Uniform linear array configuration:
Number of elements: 8
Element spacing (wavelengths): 0.25
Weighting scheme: uniform
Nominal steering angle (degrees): -45
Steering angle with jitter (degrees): -44.499
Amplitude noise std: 0.05
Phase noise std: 0.05

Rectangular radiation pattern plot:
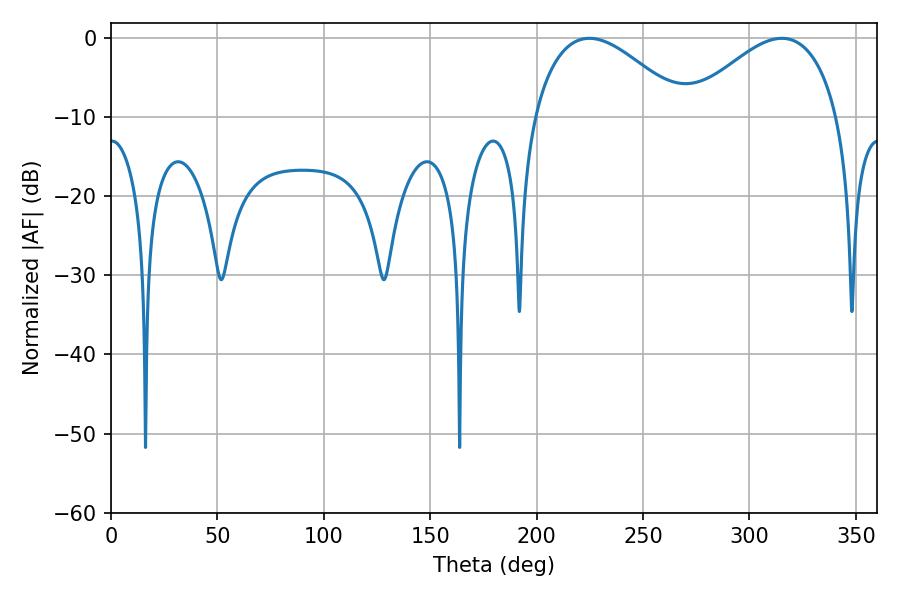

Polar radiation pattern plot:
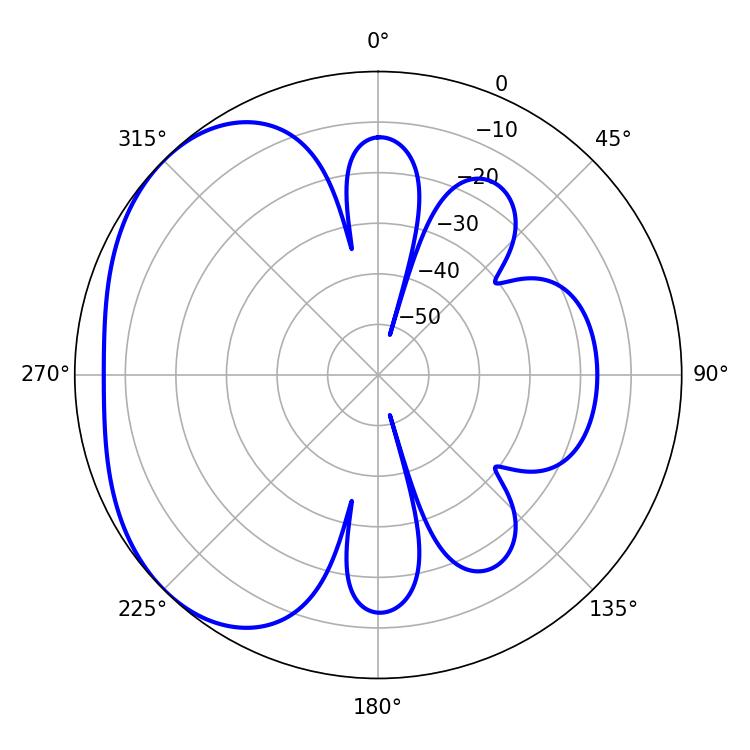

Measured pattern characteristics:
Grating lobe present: FALSE
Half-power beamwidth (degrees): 38.7
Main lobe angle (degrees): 224.82